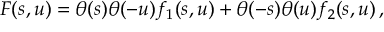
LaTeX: F ( s , u ) = \theta ( s ) \theta ( - u ) f _ { 1 } ( s , u ) + \theta ( - s ) \theta ( u ) f _ { 2 } ( s , u ) \, ,